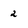
Character: 2